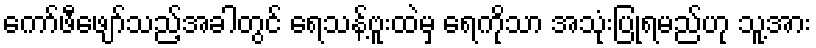
ကော်ဖီဖျော်သည့်အခါတွင် ရေသန့်ဗူးထဲမှ ရေကိုသာ အသုံးပြုရမည်ဟု သူ့အား